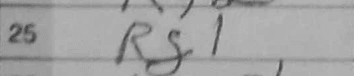
Transcription: Rg1